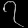
Digit: ၇